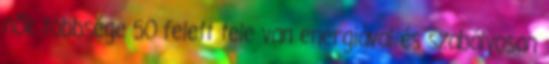
nők többsége 50 felett tele van energiával és szabályosan